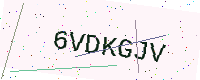
Text: 6VDKGJV